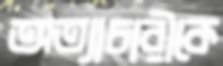
অত্যাচারীকে